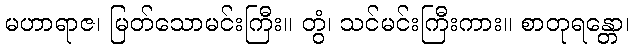
မဟာရာဇ၊ မြတ်သောမင်းကြီး။ တွံ၊ သင်မင်းကြီးကား။ စာတုရန္တော၊